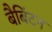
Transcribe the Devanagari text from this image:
बैबिंटन